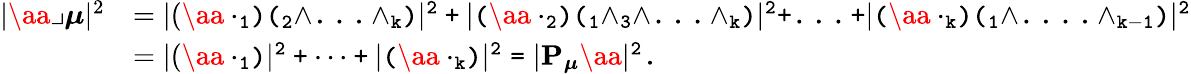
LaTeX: \begin{array}{rl}{|\aa\lrcorner\boldsymbol{\mu}|^{2}}&{=|(\aa\cdot\tt_{1})(\tt_{2}\wedge...\wedge\tt_{k})|^{2}+|(\aa\cdot\tt_{2})(\tt_{1}\wedge\tt_{3}\wedge...\wedge\tt_{k})|^{2}+...+|(\aa\cdot\tt_{k})(\tt_{1}\wedge....\wedge\tt_{k-1})|^{2}}\\ &{=|(\aa\cdot\tt_{1})|^{2}+\dots+|(\aa\cdot\tt_{k})|^{2}=|{\mathbf P}_{\boldsymbol{\mu}}\aa|^{2}.}\end{array}